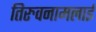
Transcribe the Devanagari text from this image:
तिरुवनामलाई